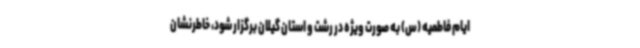
ایام فاطمیه (س) به صورت ویژه در رشت و استان گیلان برگزار شود، خاطرنشان